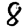
Digit: 8